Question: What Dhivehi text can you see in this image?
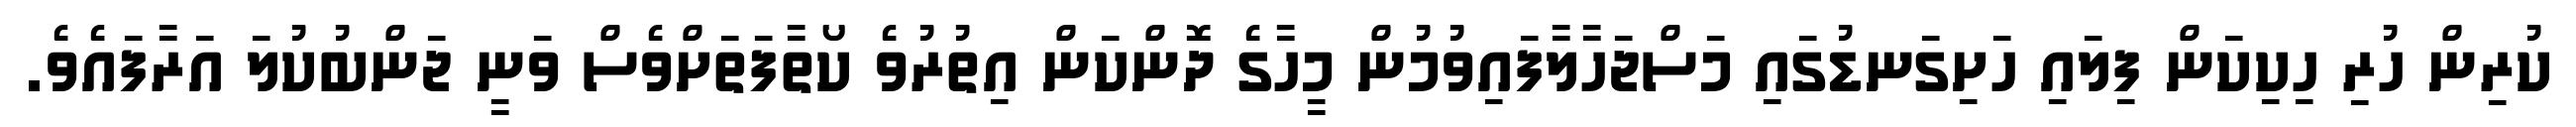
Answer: ކުރިން ހުރި ހިކިކަން ފިލައި ހަށިގަނޑުގައި މަސްޖަހާލާފައިވުމުން މީހާގެ ދޮންކަން އިތުރުވެ ކޯތާފަތަށްވެސް ވަނީ ޖަންބުކުލަ އަރާފައެވެ.